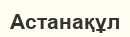
Астанақұл